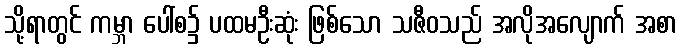
သို့ရာတွင် ကမ္ဘာ ပေါ်စ၌ ပထမဦးဆုံး ဖြစ်သော သဇီဝသည် အလိုအလျောက် အစာ